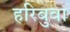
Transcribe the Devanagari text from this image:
हरिबुवा